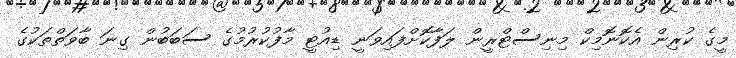
މީގެ ކުރިން އެކޮނޮމިކް މިނިސްޓްރީން ލަފާކޮށްފައިވަނީ ޑިއުޓީ މާފުކުރުމުގެ ސަބަބުން ގިނަ ބާވަތްތަކުގެ